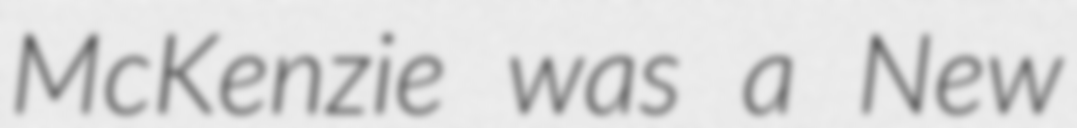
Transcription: McKenzie was a New